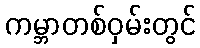
ကမ္ဘာတစ်ဝှမ်းတွင်